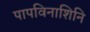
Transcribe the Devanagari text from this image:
पापविनाशिनि